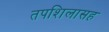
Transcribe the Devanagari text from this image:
तपशिलासह